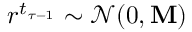
r ^ { t _ { \tau - 1 } } \sim \mathcal { N } ( 0 , \mathbf { M } )